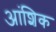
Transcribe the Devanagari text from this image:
अांशिक